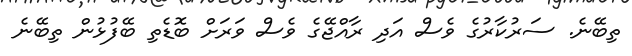
ތިބޭނެ. ސަރުކާރުގެ ވެސް އަދި ރާއްޖޭގެ ވެސް ވަރަށް ބޮޑެތި ބޭފުޅުން ތިބޭނެ